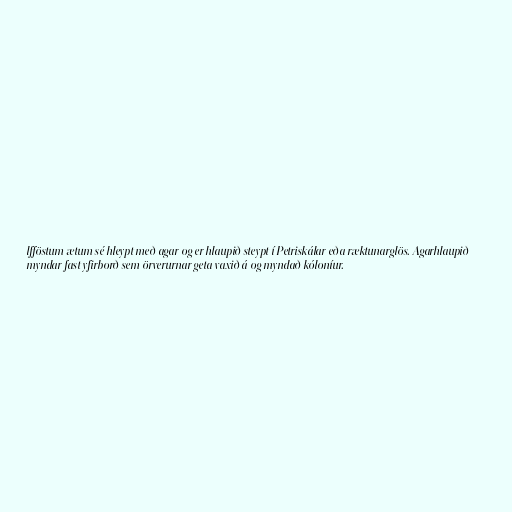
lfföstum ætum sé hleypt með agar og er hlaupið steypt í Petriskálar eða ræktunarglös. Agarhlaupið
myndar fast yfirborð sem örverurnar geta vaxið á og myndað kóloníur.